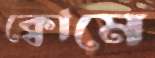
ক্বোমে